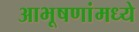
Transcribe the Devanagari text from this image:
आभूषणांमध्ये